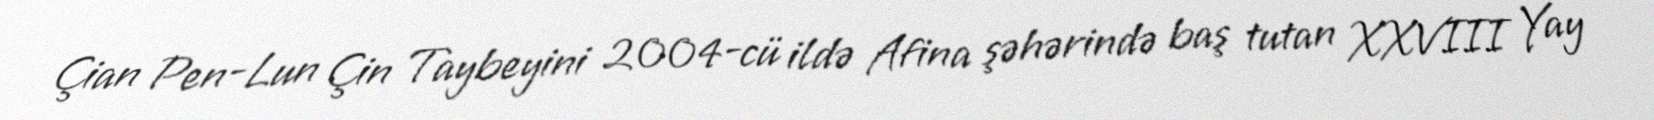
Çian Pen-Lun Çin Taybeyini 2004-cü ildə Afina şəhərində baş tutan XXVIII Yay